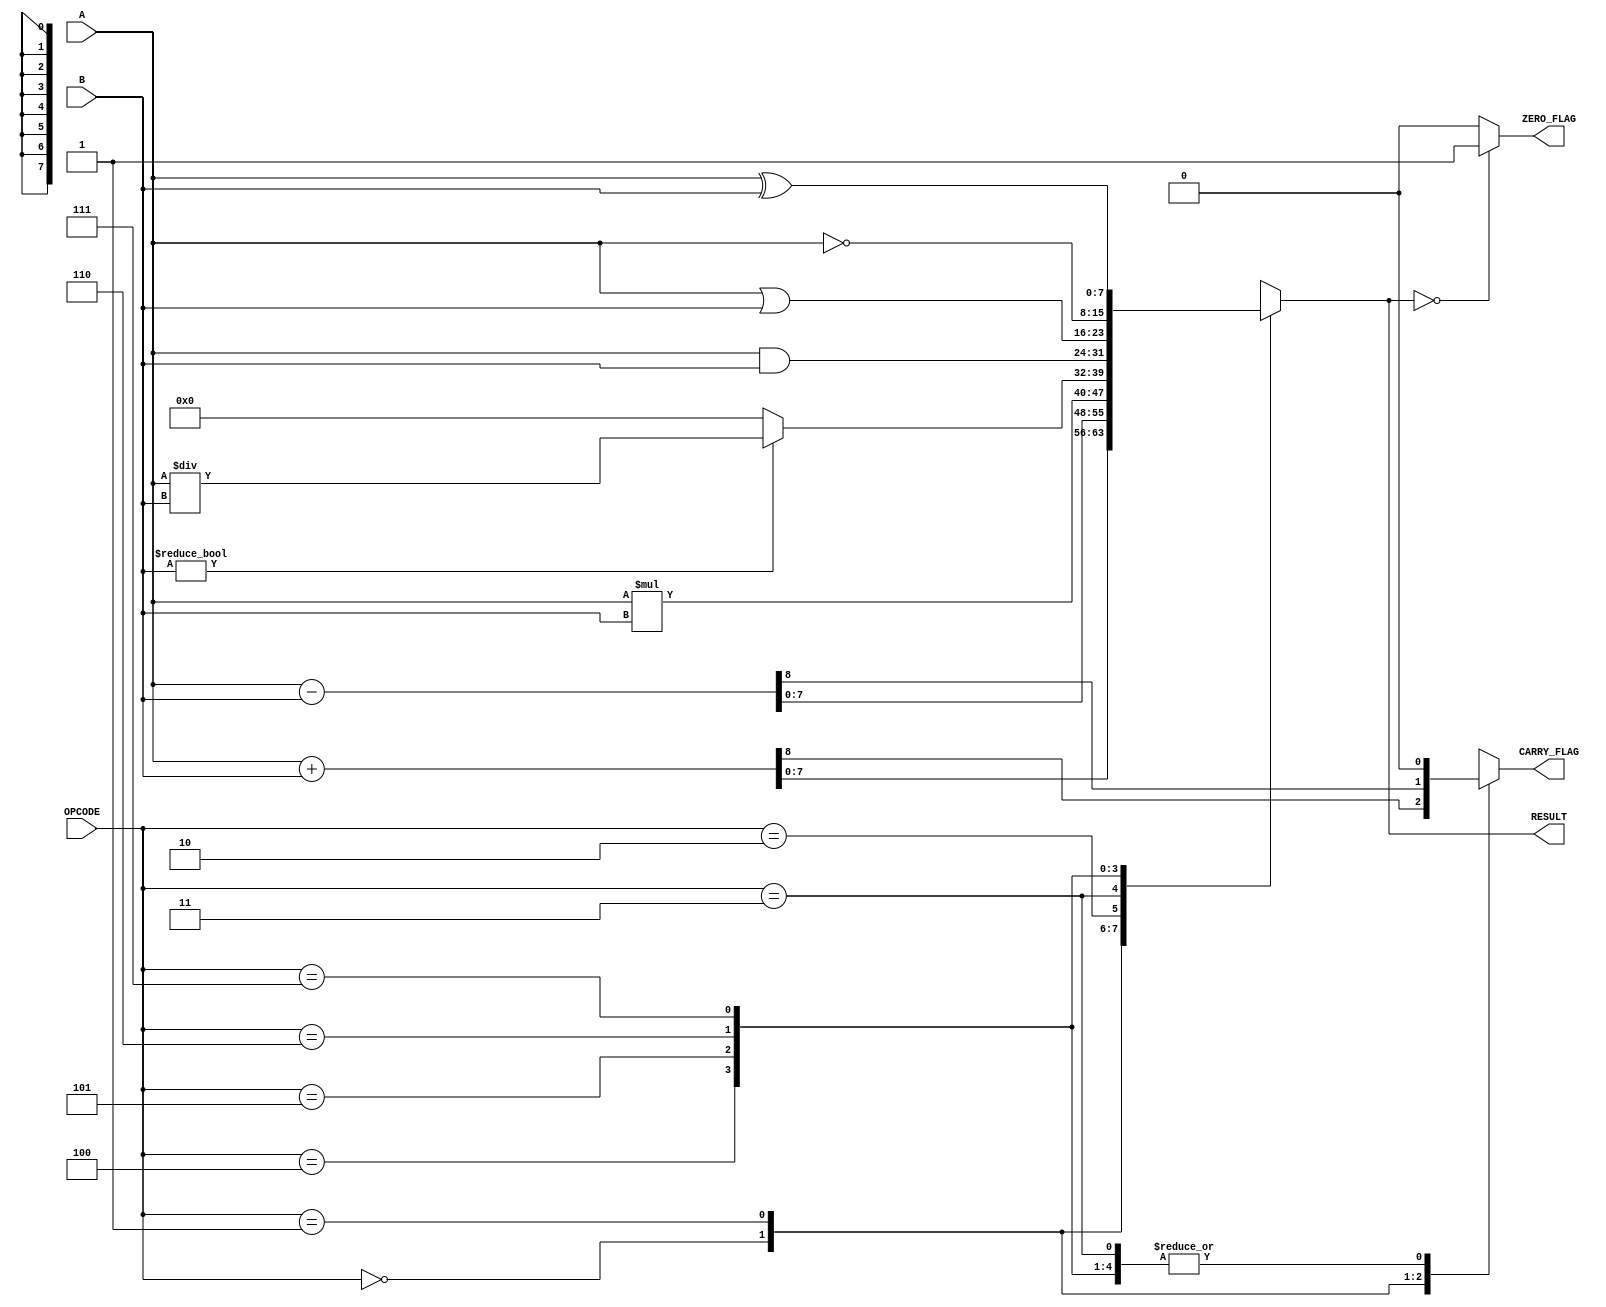
module parameterized_alu #(
    parameter DATA_WIDTH = 8,          // Bit-width of input and output data
    parameter OPERATION_COUNT = 8       // Number of operations supported
)(
    input  [DATA_WIDTH-1:0] A,         // First operand
    input  [DATA_WIDTH-1:0] B,         // Second operand
    input  [$clog2(OPERATION_COUNT)-1:0] OPCODE, // Operation code
    output reg [DATA_WIDTH-1:0] RESULT, // Result of the operation
    output reg ZERO_FLAG,               // Zero flag
    output reg CARRY_FLAG               // Carry flag
);

    always @(*) begin
        // Default values
        RESULT = 0;
        ZERO_FLAG = 0;
        CARRY_FLAG = 0;

        case (OPCODE)
            0: begin // Addition
                {CARRY_FLAG, RESULT} = A + B;
            end
            1: begin // Subtraction
                {CARRY_FLAG, RESULT} = A - B;
            end
            2: begin // Multiplication
                RESULT = A * B;
                CARRY_FLAG = 0; // No carry flag for multiplication
            end
            3: begin // Division
                if (B != 0) begin
                    RESULT = A / B;
                end else begin
                    RESULT = 0; // Handle division by zero
                end
                CARRY_FLAG = 0; // No carry flag for division
            end
            4: begin // AND
                RESULT = A & B;
            end
            5: begin // OR
                RESULT = A | B;
            end
            6: begin // NOT
                RESULT = ~A; // NOT A
            end
            7: begin // XOR
                RESULT = A ^ B;
            end
            8: begin // Shift Left
                RESULT = A << 1;
                CARRY_FLAG = A[DATA_WIDTH-1]; // Capture the shifted out bit
            end
            9: begin // Shift Right
                RESULT = A >> 1;
                CARRY_FLAG = A[0]; // Capture the shifted out bit
            end
            default: begin
                RESULT = 0; // Default case
            end
        endcase

        // Update ZERO_FLAG
        if (RESULT == 0) begin
            ZERO_FLAG = 1;
        end else begin
            ZERO_FLAG = 0;
        end
    end

endmodule